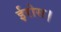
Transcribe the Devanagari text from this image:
ईरोस।